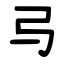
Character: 㢧